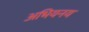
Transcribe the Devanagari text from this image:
अभियनय